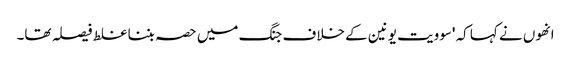
انھوں نے کہا کہ 'سوویت یونین کے خلاف جنگ میں حصہ بننا غلط فیصلہ تھا۔